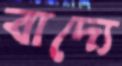
বাদ্যে